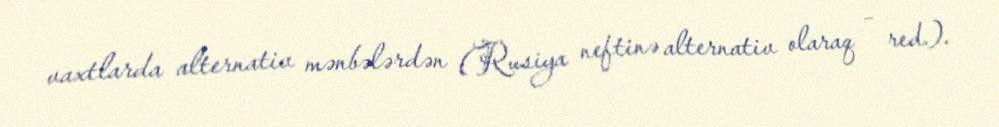
vaxtlarda alternativ mənbələrdən (Rusiya neftinə alternativ olaraq – red.).